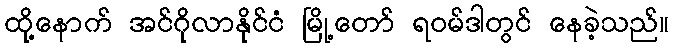
ထို့နောက် အင်ဂိုလာနိုင်ငံ မြို့တော် ရဝမ်ဒါတွင် နေခဲ့သည်။